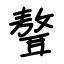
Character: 聱